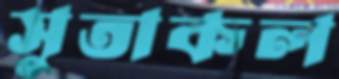
সুতাকল